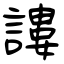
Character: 謱